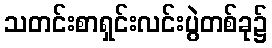
သတင်းစာရှင်းလင်းပွဲတစ်ခု၌